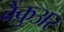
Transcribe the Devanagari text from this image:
बैंकुअर